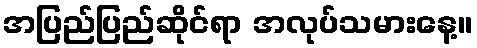
အပြည်ပြည်ဆိုင်ရာ အလုပ်သမားနေ့။